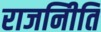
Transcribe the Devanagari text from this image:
राजनीिति